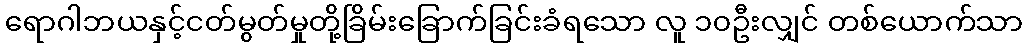
ရောဂါဘယနှင့်ငတ်မွတ်မှုတို့ခြိမ်းခြောက်ခြင်းခံရသော လူ ၁၀ဦးလျှင် တစ်ယောက်သာ